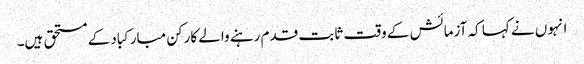
انہوں نے کہا کہ آزمائش کے وقت ثابت قدم رہنے والے کارکن مبارکباد کے مستحق ہیں۔